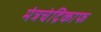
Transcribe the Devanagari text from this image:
मंत्रचंद्रिकाफ